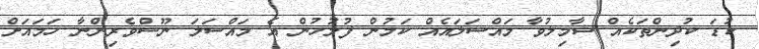
ކުޑަ ކުދިންތަކެއް ޝާމިލުވާ މައްސަލައެއް ކަމުން ފުލުހުން އެ މައްސަލަ ނޫސްވެރިންނާ ހަމައަށް